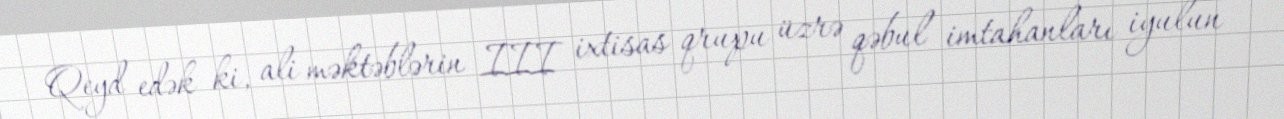
Qeyd edək ki, ali məktəblərin III ixtisas qrupu üzrə qəbul imtahanları iyulun